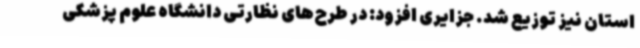
استان نیز توزیع شد. جزایری افزود: در طرح‌های نظارتی دانشگاه علوم پزشکی